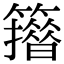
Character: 𥶪